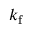
k _ { \mathrm { f } }